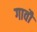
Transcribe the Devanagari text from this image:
गावौं